Civil Veterinary Dept. Bombay admin report 1932-41 - 1932-1941
Year: 1932
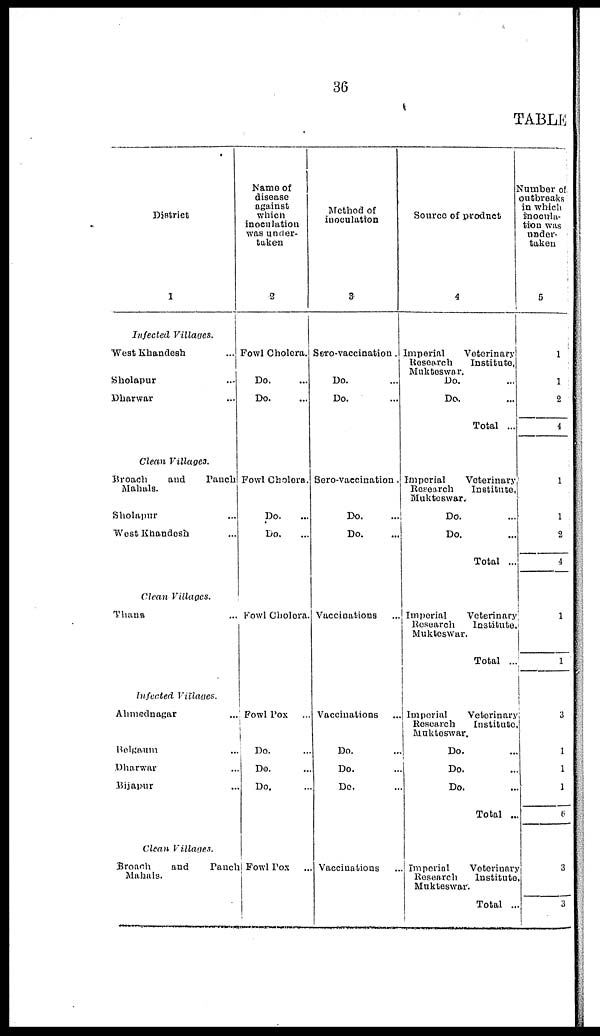
36
TABLE
District
1
Infected
Villages.
West Khandesh ...
Sholapur ...
Dharwar ...
Clean Villages.
Broach
and
Panch
Mahals.
Sholapur ...
West Khandesh ...
Clean Villages.
Thana ...
Infected Villages.
Ahmednagar ...
Belgaum ...
Dharwar ...
Bijapur ...
Clean Villages.
Broach
and
Panch
Mahals.
Name of
disease
against
which
inoculation
was under-
taken
2
Fowl Cholera.
Do. ...
Do. ...
Fowl Cholera.
Do. ...
Do. ...
Fowl Cholera.
Fowl Pox ...
Do. ...
Do. ...
Do. ...
Fowl Pox ...
Method of
inoculation
3
Sero-vaccination.
Do. ...
Do. ...
Sero-vaccination .
Do. ...
Do. ...
Vaccinations ...
Vaccinations
Do. ...
Do. ...
Do. ...
Vaccinations ...
Source of product
4
Imperial
Veterinary
Research
Institute,
Mukteswar.
Do. ...
Do. ...
Total ...
Imperial
Veterinary
Research
Institute,
Mukteswar.
Do. ...
Do. ...
Total ...
Imperial
Veterinary
Research
Institute,
Mukteswar.
Total ...
Imperial
Veterinary
Research
Institute
Mukteswar.
Do. ...
Do. ...
Do. ...
Total ...
Imperial
Veterinary
Research
Institute,
Mukteswar.
Total ...
Number of
outbreaks
in which
inocula-
tion was
under-
taken
5
1
1
2
4
1
1
2
4
1
1
3
1
1
1
5
3
3